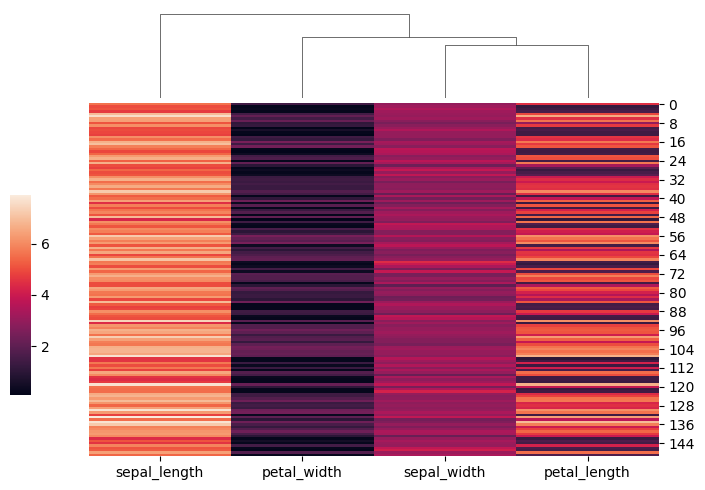
python, seaborn, clustermap, figsize=(7, 5), row_cluster=False, dendrogram_ratio=(0.1, 0.2), cbar_pos=(0, 0.2, 0.03, 0.4)